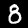
Label: 8